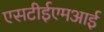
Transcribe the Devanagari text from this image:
एसटीईएमआई